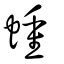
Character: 蝩